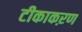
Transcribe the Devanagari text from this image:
टीकाकऱण